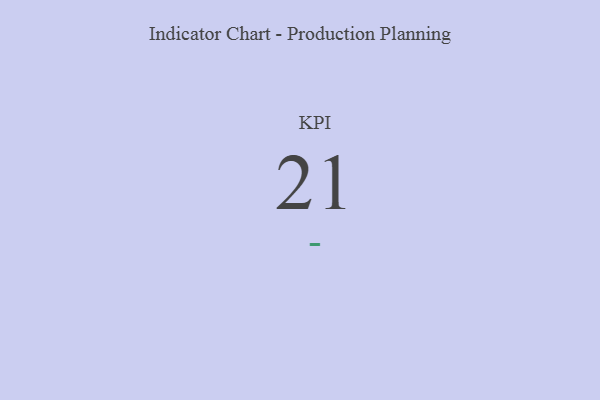
{"axis": {"x": "KPI", "y": "Value"}, "legend": [""], "data": [{"x": "KPI", "y": 21, "type": ""}]}